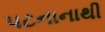
પટનાનાથી